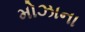
મોઝાના